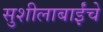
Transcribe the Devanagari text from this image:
सुशीलाबाईंचे